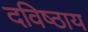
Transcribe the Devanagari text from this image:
दविष्ठाय